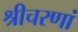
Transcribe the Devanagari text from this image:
श्रीचरणां